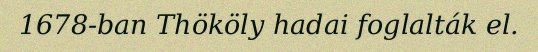
1678-ban Thököly hadai foglalták el.